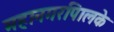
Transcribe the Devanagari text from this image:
महानगरपािलके